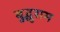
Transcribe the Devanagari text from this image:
बुद्धुराम